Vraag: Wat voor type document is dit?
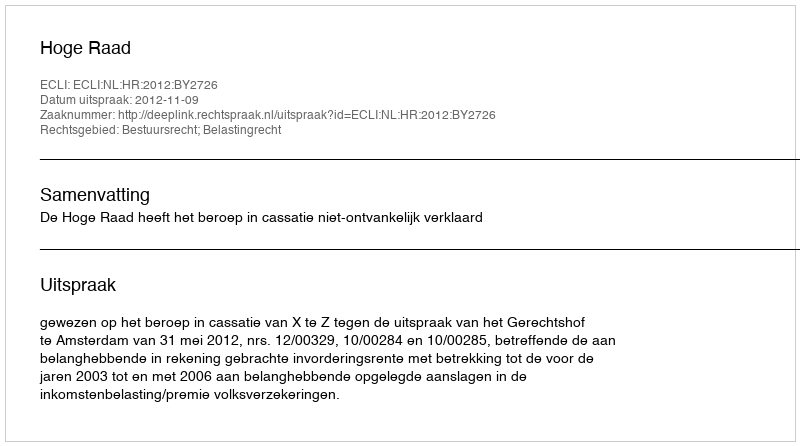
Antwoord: Uitspraak